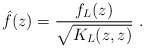
\begin{align*} \hat f(z)=\frac{f_L(z)}{\sqrt{K_L(z,z)}}\ .\end{align*}